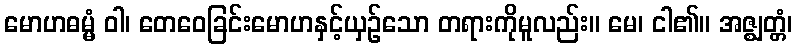
မောဟဓမ္မံ ဝါ၊ တေဝေခြင်းမောဟနှင့်ယှဉ်သော တရားကိုမူလည်း။ မေ၊ ငါ၏။ အဇ္ဈတ္တံ၊